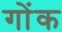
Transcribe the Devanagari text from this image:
गोंक